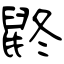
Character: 鼨